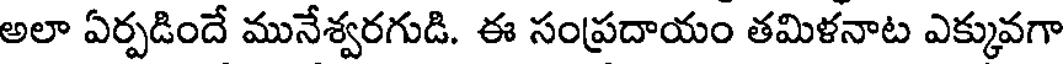
అలా ఏర్పడిందే మునేశ్వరగుడి. ఈ సంప్రదాయం తమిళనాట ఎక్కువగా